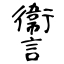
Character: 讏